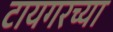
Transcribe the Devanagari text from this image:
टायगरच्या